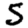
Digit: 5